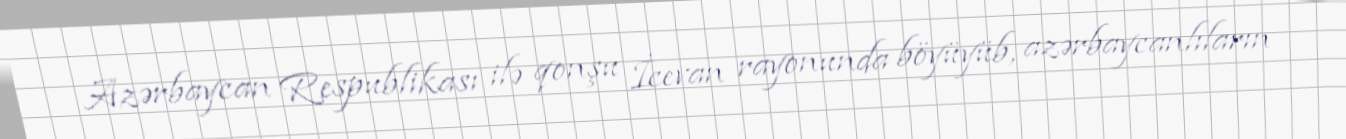
Azərbaycan Respublikası ilə qonşu İcevan rayonunda böyüyüb, azərbaycanlıların